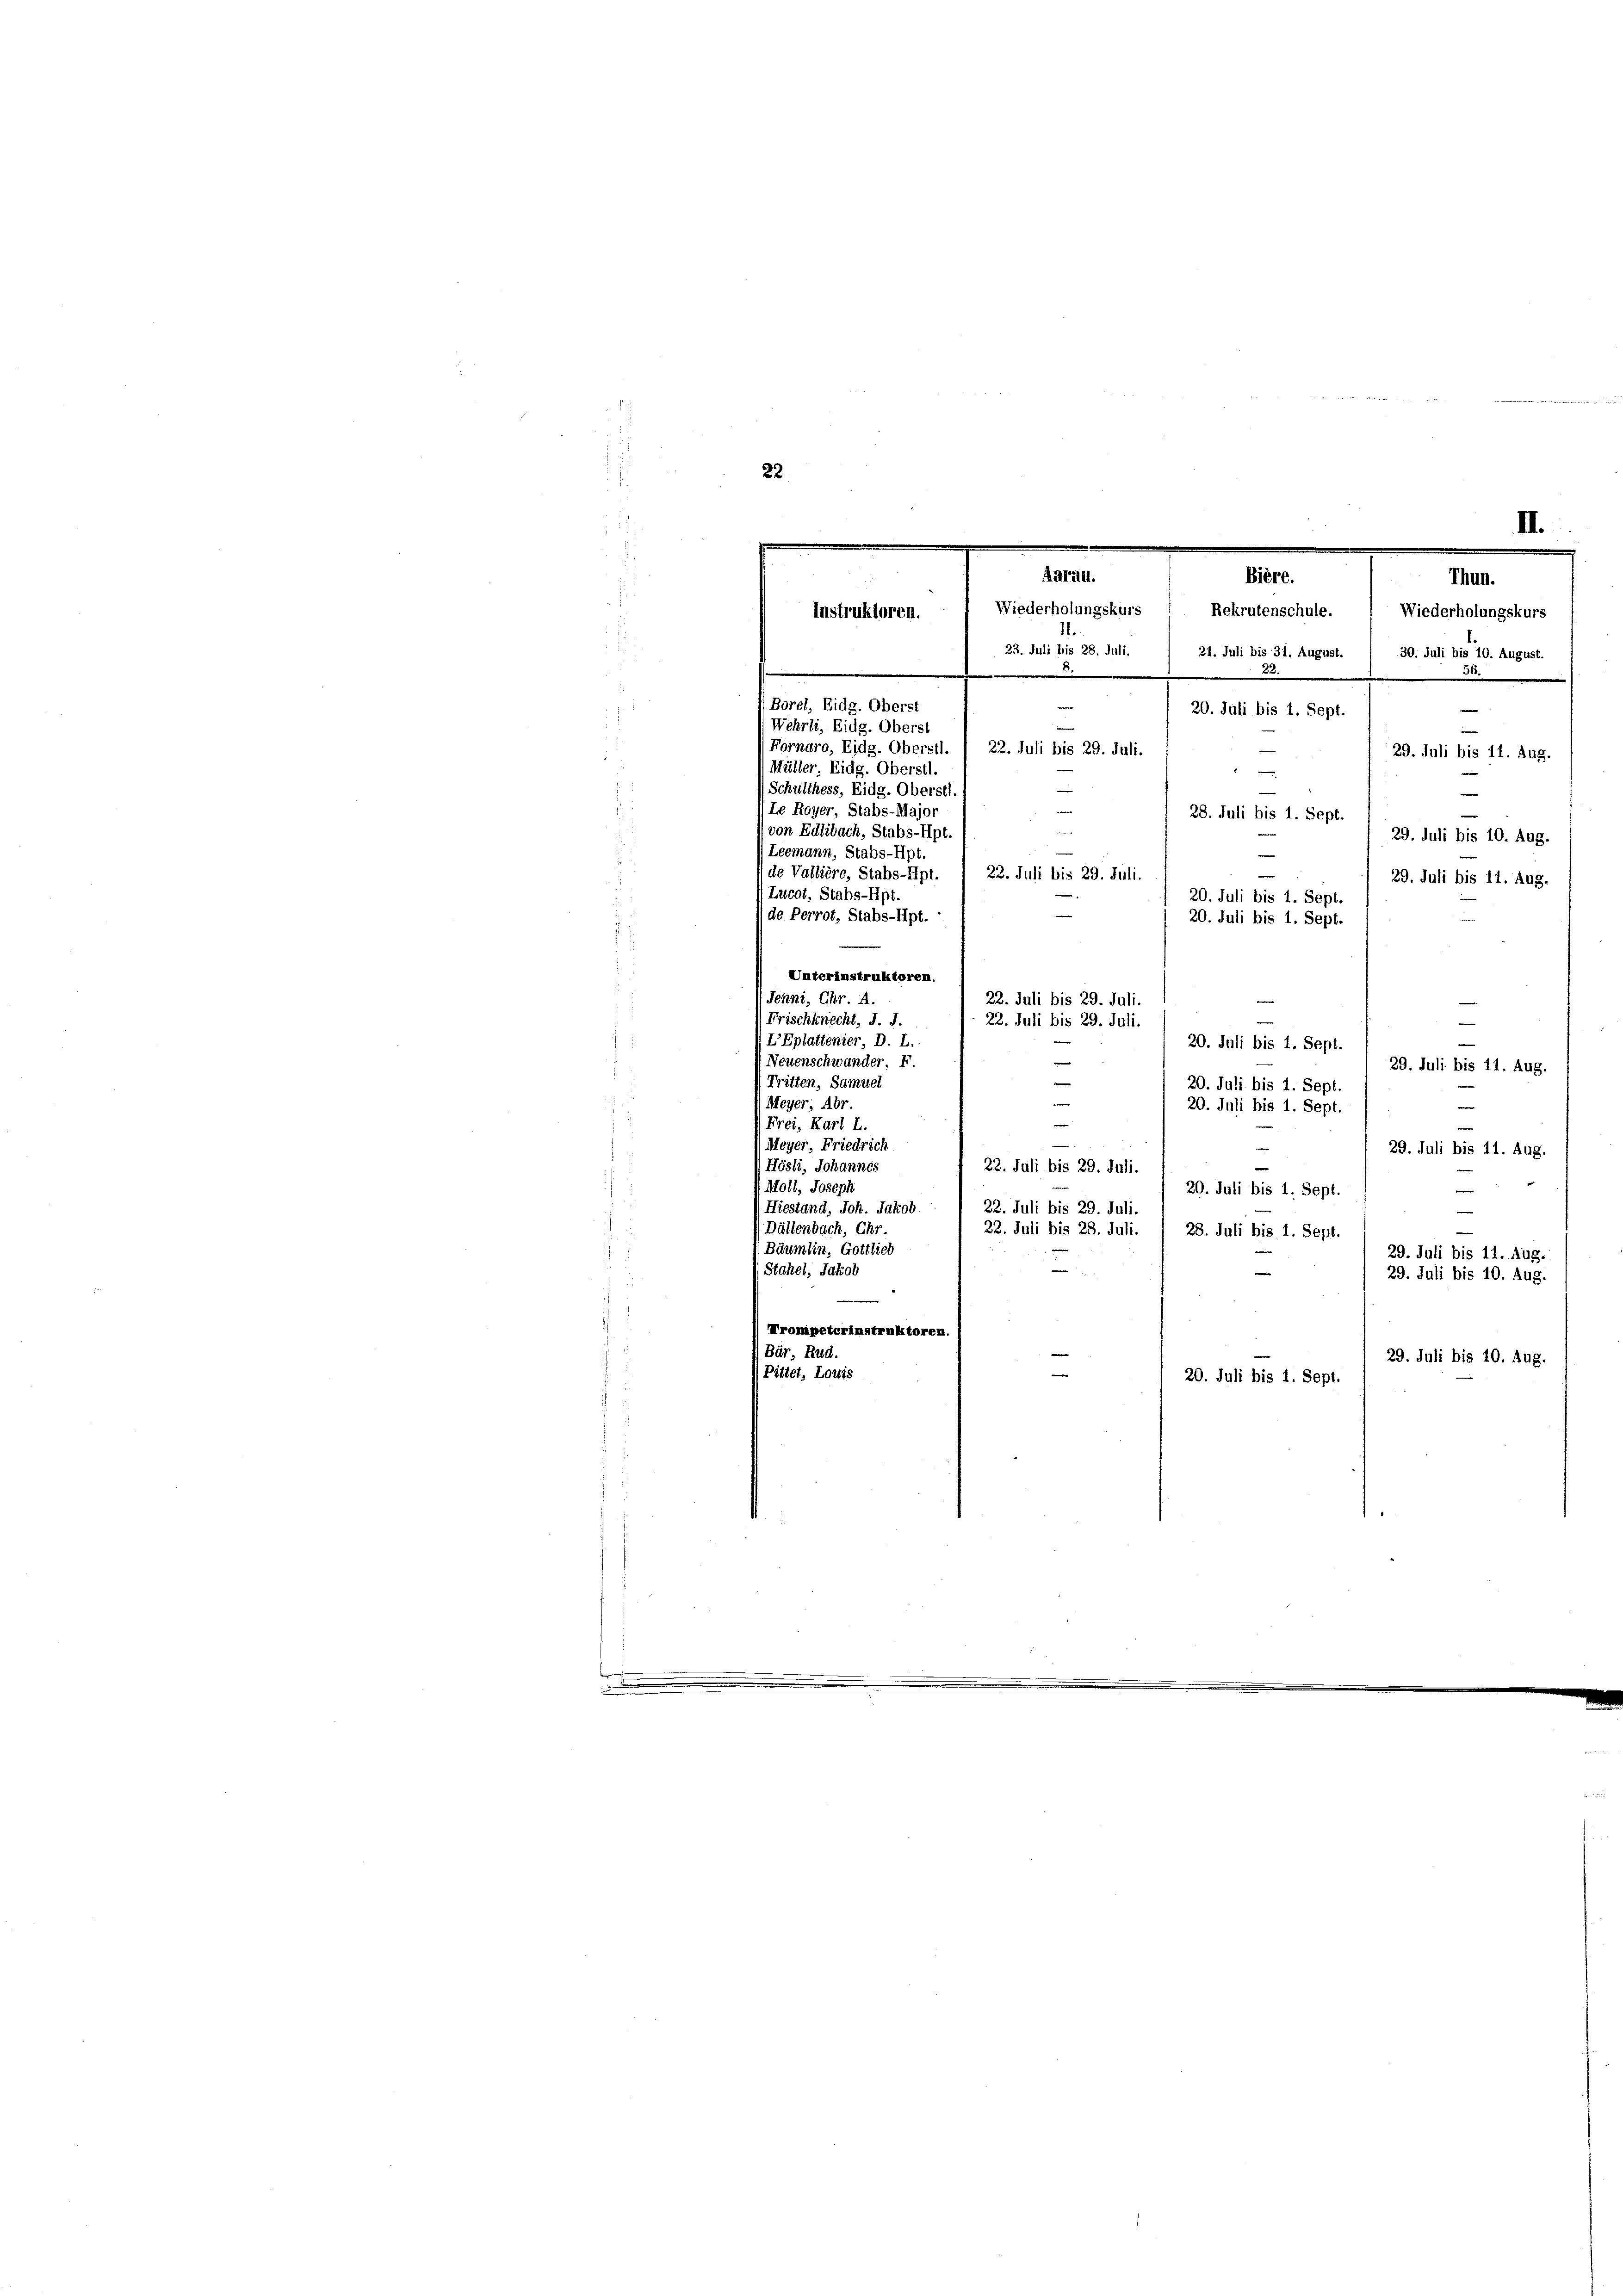
e
22
e

21. Juli bis 31. August.
30. Juli bis 10. August.
25
56.
e
22.
Borel, Eidg. Oberst
e
e
20. Juli bis 1. Sept
Wehrli, Eidg. Oberst
e
Fornaro, Eidg. Oberst
22. Juli bis 29. Juli.
29. Juli bis 11. Aug.
Müller, Eidg. Oberstl.
d
Schulthess, Eidg. Oberstl.
e
Le Royer Stabs-Major
28. Juli bis 1. Sept.
von Edlibach, Stabs-Hpt.

29. Juli bis 10. Aug.
5
Leemann, Stabs-Hpt.
e
de Vallière, Stabs-Ept.
23. Juli bis 29. Juli.
29. Juli bis 11. Aug.
Lucot, Stahs-Hp.
20. Juli bis 1. Sept.
de Perrot, Stabs-Hpt.
20. Juli bis 1. Sept.
Unterinstruktoren.
Jenni, Chr. A.
22. Juli bis 29. Juli
Frischknecht, J. J.
22. Juli bis 29. Juli.

LEplattenier D. I
20. Juli bis 1. Sept.
n
2
Neuenschwander. Er
e
29. Juli bis 11. Aug.
e
(Tritten, Samuel
20. Juli bis 1. Sept.
Meyer Abr
e
20. Juli bis 1. Sept
Frei, Karl L.
Meyer Friedrich
29. Juli bis 11. Aug.
.
s
Hösli, Johannes
22. Juli bis 29. Jul. 1 29. Juli bis 1. Sept.
Moll, Joseph
5
Hiestand, Joh. Jakob
22. Juli bis 29. Juli.
Dällenbach, Ehr
22. Juli bis 28. Juli. / 28. Juli bis 1. Sept
Bäumlin, Gottlich
29. Juli bis 11. Aug.
Stahel, Jakob
29. Juli bis 10. Aug.
rompeterinstruktoren.
.
1 Bär, Rud.
29. Juli bis 20. Aug.
Pittet, Louis
20. Juli bis 1. Sept.

III.
.
.
Aarau.
Bière.
Thun.
Wiederholungskurs : Rekrutenschule.
Wiederholungskurs
Instruktoren.
23. Juli bis 28. Juli.